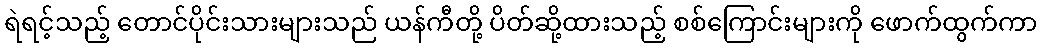
ရဲရင့်သည့် တောင်ပိုင်းသားများသည် ယန်ကီတို့ ပိတ်ဆို့ထားသည့် စစ်ကြောင်းများကို ဖောက်ထွက်ကာ